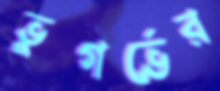
ভুগর্ভের